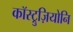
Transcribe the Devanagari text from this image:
कॉस्ट्रुज़ियोनि